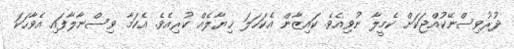
ދުރުވިސްނޭކުއްޖަކަށް ކެމީލާ ނުވިއެވެ. ކައިޒާން އެކަހަލަ ޚިޔާލެއް ކުރިއެވެ. އެކަމާ ވިސްނާލާފައި އެވާހަކަ